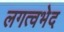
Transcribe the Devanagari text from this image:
लगत्वभेद